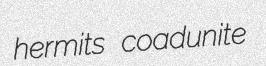
hermits coadunite